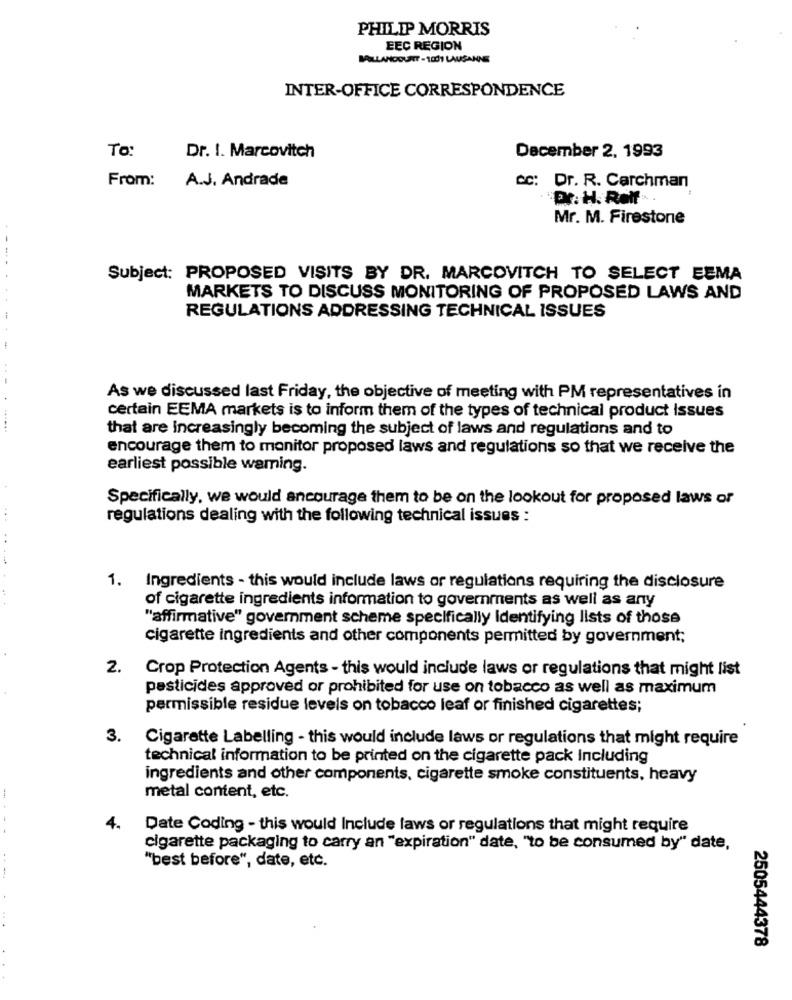
PHILIP MORRIS
EEC REGION
BILLANCOURT - 1001 LAUSANNE
INTER-OFFICE CORRESPONDENCE
To :
Dr. I. Marcovitch
December 2, 1993
From: A.J. Andrade
CC: Dr. R. Carchman
Mr. M. Firestone
Subject: PROPOSED VISITS BY DR. MARCOVITCH TO SELECT EEMA
---....
MARKETS TO DISCUSS MONITORING OF PROPOSED LAWS AND
REGULATIONS ADDRESSING TECHNICAL ISSUES
---
As we discussed last Friday, the objective of meeting with PM representatives in
certain EEMA markets is to inform them of the types of technical product Issues
-------
that are increasingly becoming the subject of laws and regulations and to
encourage them to monitor proposed laws and regulations so that we receive the
earliest possible warning.
Specifically, we would ancourage them to be on the lookout for proposed laws of
regulations dealing with the following technical issues :
..
1. Ingredients - this would include laws or regulations requiring the disclosure
of cigarette ingredients information to governments as well as any
"affirmative" government scheme specifically Identifying lists of those
cigarette ingredients and other components permitted by government;
2.
Crop Protection Agents - this would include laws or regulations that might list
pesticides approved or prohibited for use on tobacco as well as maximum
permissible residue levels on tobacco leaf or finished cigarettes;
3. Cigarette Labelling - this would include laws or regulations that might require
technical information to be printed on the cigarette pack Including
ingredients and other components, cigarette smoke constituents, heavy
metal content, etc.
-. --
4.
Date Coding - this would Include laws or regulations that might require
cigarette packaging to carry an "expiration" date, "to be consumed by" date,
"best before", date, etc.
2505444378